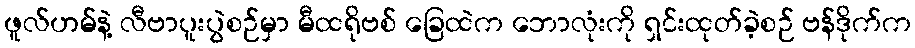
ဖူလ်ဟမ်နဲ့ လီဗာပူးပွဲစဉ်မှာ မီထရိုဗစ် ခြေထဲက ဘောလုံးကို ရှင်းထုတ်ခဲ့စဉ် ဗန်ဒိုက်က